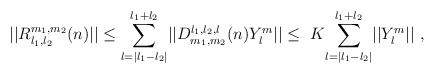
LaTeX: \begin{align*} ||R^{m_{1},m_{2}}_{l_{1},l_{2}}(n)||\leq\displaystyle{\sum_{l=|l_1-l_2|}^{l_1+l_2}}||D_{m_{1},m_{2}}^{l_{1},l_{2},l}(n)Y^{m}_l||\leq \ K\displaystyle{\sum_{l=|l_1-l_2|}^{l_1+l_2}} ||Y^{m}_l|| \ , \end{align*}